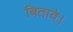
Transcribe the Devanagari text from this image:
बितावे।